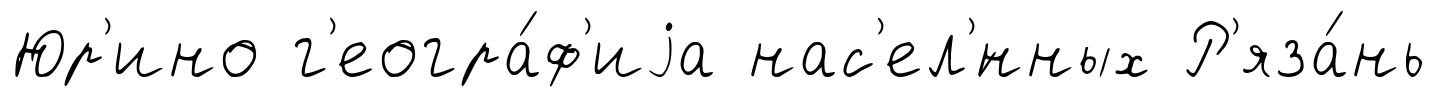
Юр'ино г'еогра́ф'иjа нас'ел'́нных Р'яза́нь